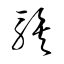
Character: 騃